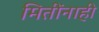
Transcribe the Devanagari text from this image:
मितींनाही